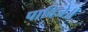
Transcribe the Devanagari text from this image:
पाविजे॥